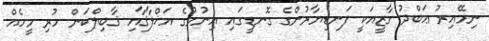
ނިމޭއިރު ޢަބްދު ގާޒީއަކީ ފަނޑިޔާރުންގެ ގޮނޑީގައި އިނުމުގެ އަޚްލާޤާއި ޤާބިލްކަން ހުރި މީހެއް